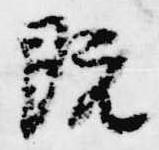
既